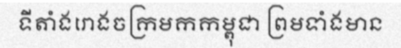
ទីតាំងរោងចក្រមកកម្ពុជា ព្រមទាំងមាន